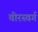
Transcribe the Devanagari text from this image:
वीरस्वर्ग